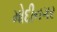
મોદીનગર